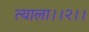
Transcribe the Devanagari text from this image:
त्याला।।२।।